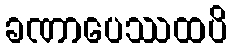
ခဏာပေဿထပိ